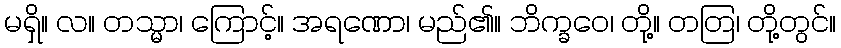
မရှိ။ လ။ တသ္မာ၊ ကြောင့်။ အရဏော၊ မည်၏။ ဘိက္ခဝေ၊ တို့။ တတြ၊ တို့တွင်။